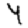
Digit: 4